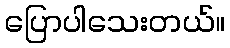
ပြောပါသေးတယ်။